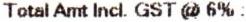
TOTAL AMT INCL. GST @ 6% :